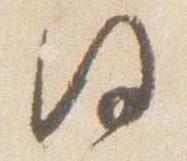
同